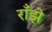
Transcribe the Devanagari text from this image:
राँझे